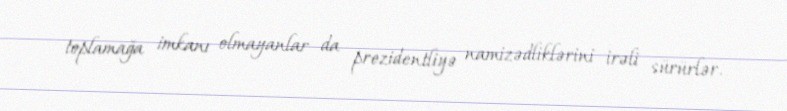
toplamağa imkanı olmayanlar da prezidentliyə namizədliklərini irəli sürürlər.